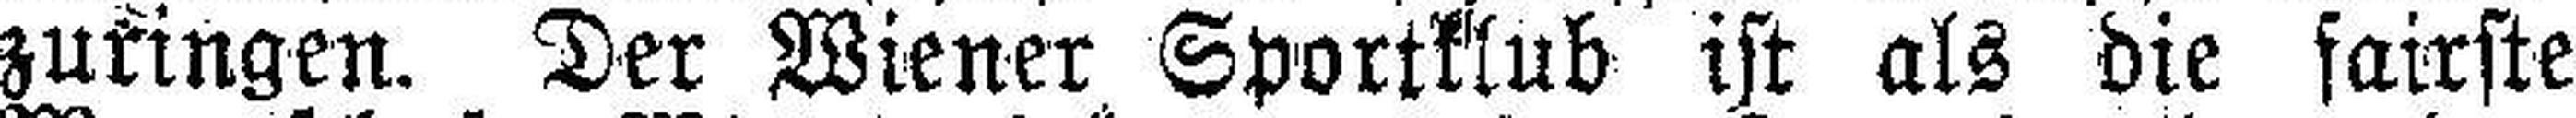
zukingen. Der Wiener Sportklub ist als die fairste